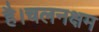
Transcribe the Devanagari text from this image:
है।चलनक्षम